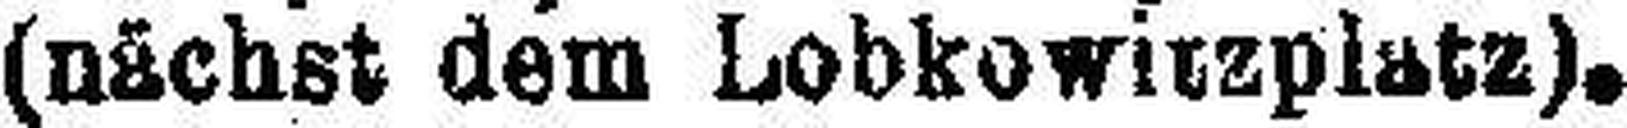
(nächst dem Lobkowitzplatz).